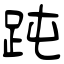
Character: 𧿬